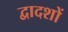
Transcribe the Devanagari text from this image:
द्वादशों